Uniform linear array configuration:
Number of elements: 8
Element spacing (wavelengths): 1
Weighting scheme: hann
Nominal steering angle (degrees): -45
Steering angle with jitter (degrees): -45.449
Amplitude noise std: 0.05
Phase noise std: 0.05

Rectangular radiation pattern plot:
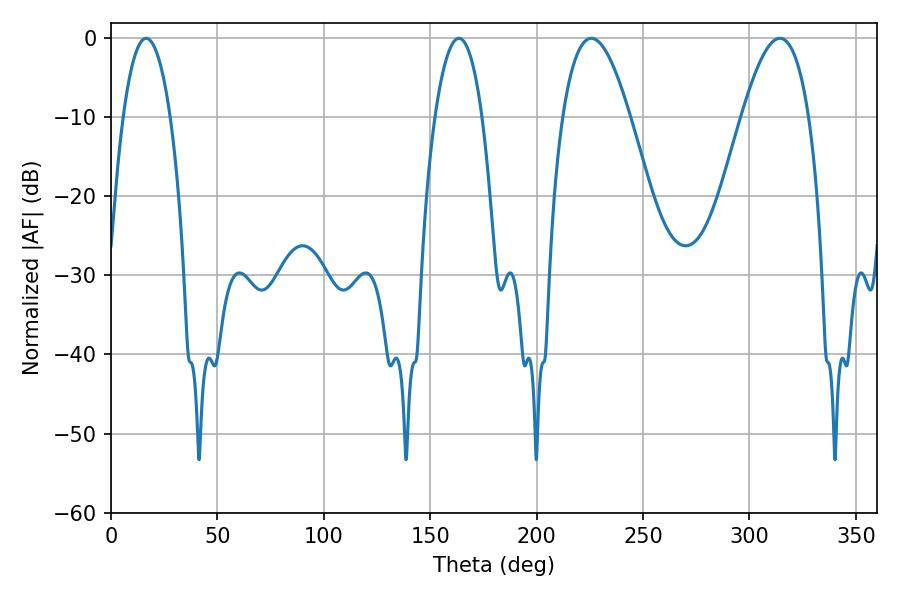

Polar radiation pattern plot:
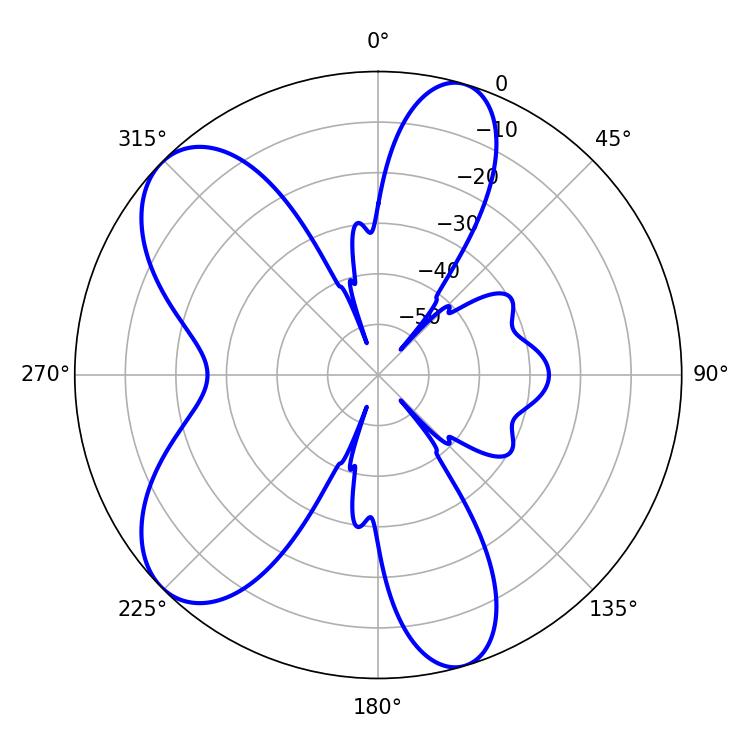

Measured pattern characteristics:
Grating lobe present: TRUE
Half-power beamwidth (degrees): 17.28
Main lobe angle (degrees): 225.72